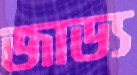
জাড্য